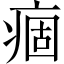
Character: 痼